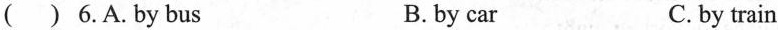
( ) 6.A.by bus B.by car C. by train